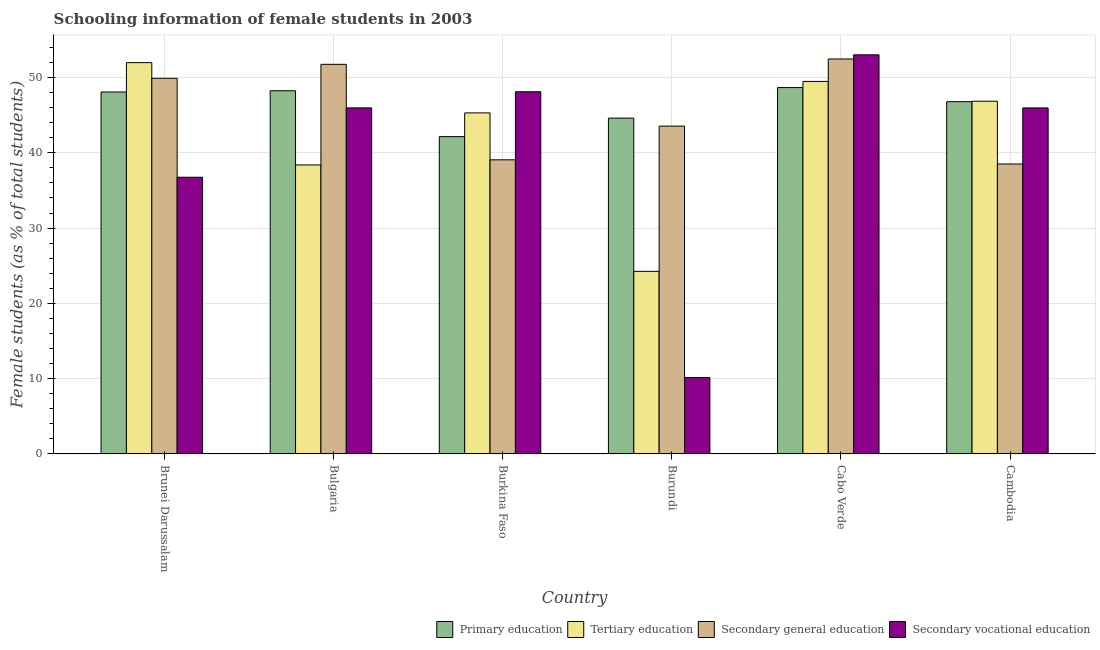
| Country | Primary education | Tertiary education | Secondary general education | Secondary vocational education |
 | --- | --- | --- | --- | --- |
 | Brunei Darussalam | 48.1 | 52 | 49.9 | 36.8 |
 | Bulgaria | 48.2 | 38.4 | 51.7 | 46 |
 | Burkina Faso | 42.1 | 45.3 | 39.1 | 48.1 |
 | Burundi | 44.6 | 24.3 | 43.5 | 10.1 |
 | Cabo Verde | 48.7 | 49.5 | 52.5 | 53 |
 | Cambodia | 46.8 | 46.8 | 38.5 | 46 |